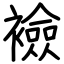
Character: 襝